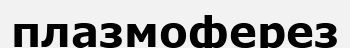
плазмоферез